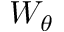
W _ { \theta }